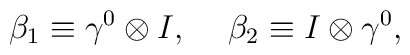
{\beta}_1 \equiv {\gamma}^0 \otimes I ,\hspace{5 mm}{\beta}_2 \equiv I \otimes {\gamma}^0 ,